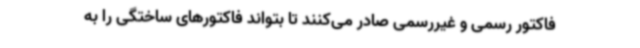
فاکتور رسمی و غیررسمی صادر می‌کنند تا بتواند فاکتورهای ساختگی را به